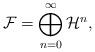
LaTeX: \begin{align*}{\cal F} = \bigoplus_{n=0}^{\infty} {\cal H}^n,\end{align*}